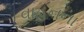
વાહનના